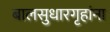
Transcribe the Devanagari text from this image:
बालसुधारगृहांना